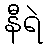
နီရဲ